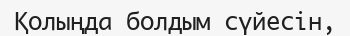
Қолыңда болдым сүйесін,